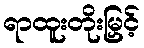
ရာထူးတိုးမြှင့်